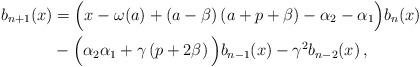
LaTeX: \begin{align*} b_{n+1}(x)&=\Big(x-\omega(a)+\left(a-\beta \right)\left(a+p+\beta \right) - \alpha_{2}-\alpha_{1}\Big) b_n(x)\\ &-\Big(\alpha_{2}\alpha_{1} +\gamma \left(p+2\beta \right)\Big)b_{n-1}(x) - \gamma^2 b_{n-2}(x) \, ,\; \end{align*}